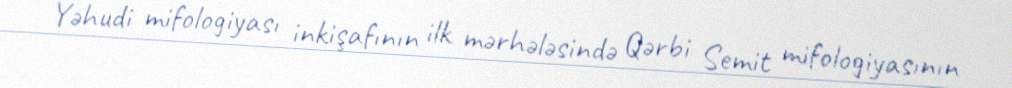
Yəhudi mifologiyası inkişafının ilk mərhələsində Qərbi Semit mifologiyasının